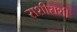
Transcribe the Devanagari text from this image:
राशीराशी